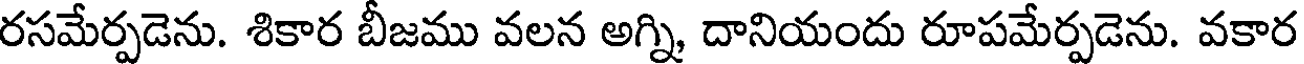
రసమేర్పడెను. శికార బీజము వలన అగ్ని దానియందు రూపమేర్పడెను. వకార